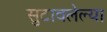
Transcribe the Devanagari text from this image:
सुटावलेल्या